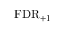
\mathrm { F D R } _ { + 1 }